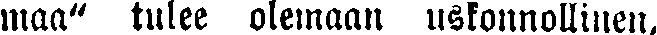
maa" tulee olemaan uskonnollinen,